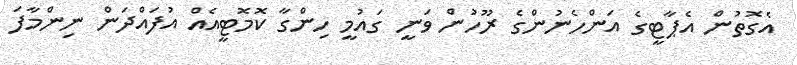
އެގޮތުން އެޕާޓީގެ އަންހެނުންގެ ރޫހުން ވަނީ ގައުމީ ހިންގާ ކޮމޮޓީއެއް އުފައްދަން ނިންމާފަ